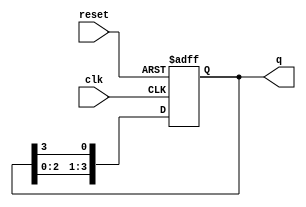
module ring_counter (
    input wire clk,        // Clock input
    input wire reset,      // Asynchronous reset
    output reg [N-1:0] q   // Output state of the ring counter
);
    parameter N = 4;       // Number of stages (flip-flops)

    // Initial state
    initial begin
        q = 1'b1;          // Initialize the counter to 000...001
    end

    always @(posedge clk or posedge reset) begin
        if (reset) begin
            q <= 1'b1;     // Reset the counter to 000...001
        end else begin
            // Shift the '1' bit to the right
            q <= {q[N-2:0], q[N-1]}; // Shift right and wrap around
        end
    end
endmodule